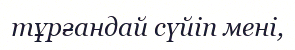
тұрғандай сүйіп мені,